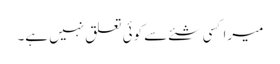
میرا کسی شئے سے کوئی تعلق نہیں ہے۔